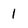
Character: 1